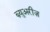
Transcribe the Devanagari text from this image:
ब्र्युअरीज़